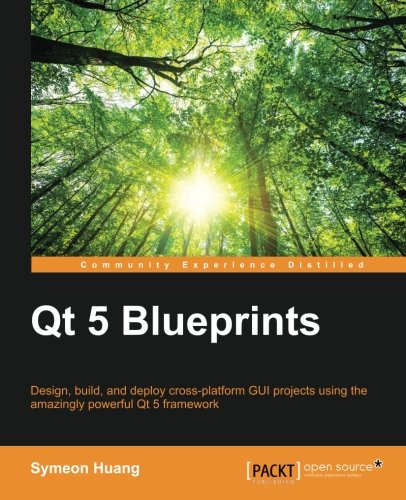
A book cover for Qt5 Blueprints; Symeon Huang; Computers & Technology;